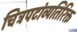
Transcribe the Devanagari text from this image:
चित्रपटांव्यतिरिक्त